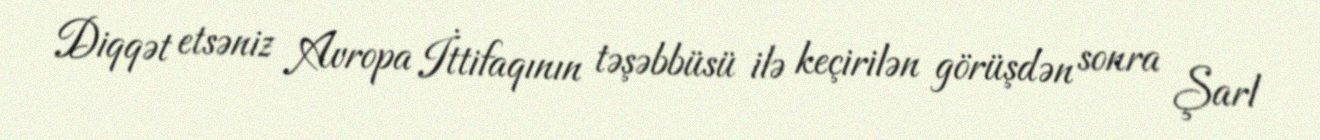
Diqqət etsəniz Avropa İttifaqının təşəbbüsü ilə keçirilən görüşdən sonra Şarl